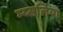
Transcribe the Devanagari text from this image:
म्य्सलिया